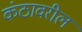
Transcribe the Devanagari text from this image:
कंठावरील